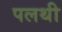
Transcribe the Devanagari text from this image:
पलथी